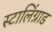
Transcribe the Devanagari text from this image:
स्टालिंग्राड